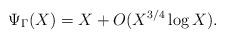
LaTeX: \begin{align*}\Psi_{\Gamma}(X)=X+O(X^{3/4}\log{X}).\end{align*}